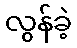
လွန်ခဲ့